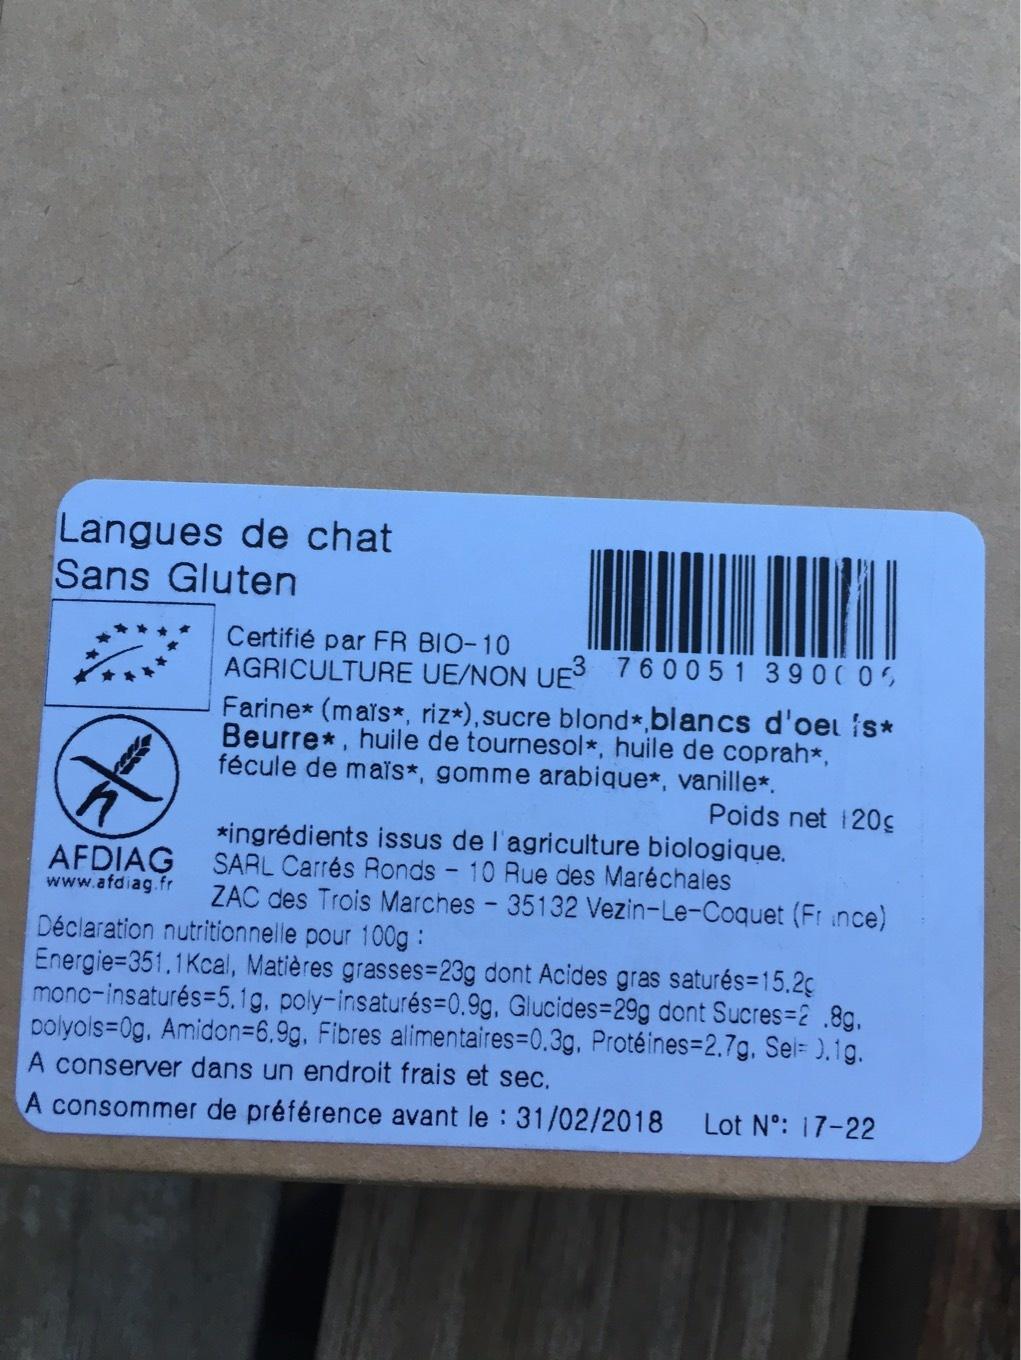
Langues de chat Sans Gluten
Certifié par FR BIO-10
AGRICULTURE UE/NON UE3 760051 390005 Farine* (mais*, riz*), sucre blond*, blancs d'oel is* Beurre*, huile de tournesol*, huile de coprah*, fécule de maïs*, gomme arabique*, vanille*.
Poids net 120g *ingrédients issus de l'agriculture biologique. AFDIAG SARL Carrés Ronds - 10 Rue des Maréchales www.afdiag.fr ZAC des Trois Marches - 35132 Vezin-Le-Coquet (France) Déclaration nutritionnelle pour 100g :
Energie-351.1Kcal, Matières grasses=23g dont Acides gras saturés=15.2c mono-insaturés=5.1g, poly-insaturés=0.9g, Glucides=29g dont Sucres=2 .8g, polyols=0g, Amidon-6.9g, Fibres alimentaires=0.3g, Protéines=2.7g, Sel= 0.1g. A conserver dans un endroit frais et sec.
A consommer de préférence avant le : 31/02/2018 Lot Nº: 17-22